Civil Veterinary Dept. Bombay admin report 1893-99 - 1893-1899
Year: 1893
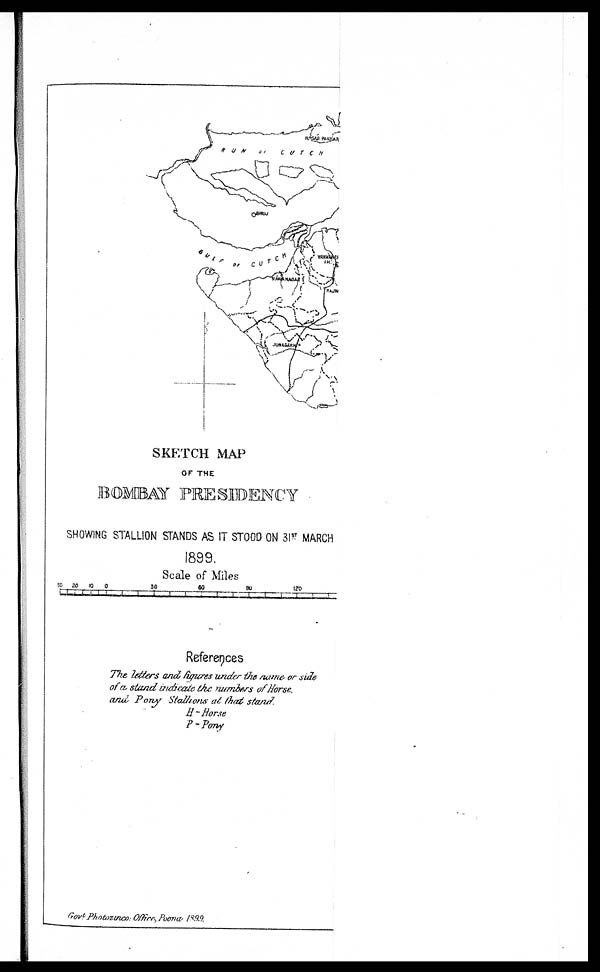
SKETCH MAP
OF THE
BOMBAST PRESIDENCY
SHOWING STALLION STANDS AS IT STOOD ON 31 ST MARCH
1899.
Scale of Miles
References
The letters and figures under the name or side
of a stand indicate the numbers of Horse,
and Pony Stallions at that stand.
H- Horse
P-Pony
Govt Photozinco: Office, Poona, 1899.